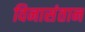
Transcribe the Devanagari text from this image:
विनासंतान